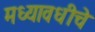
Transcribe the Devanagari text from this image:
मध्यावधीचे